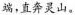
端，直奔灵山。